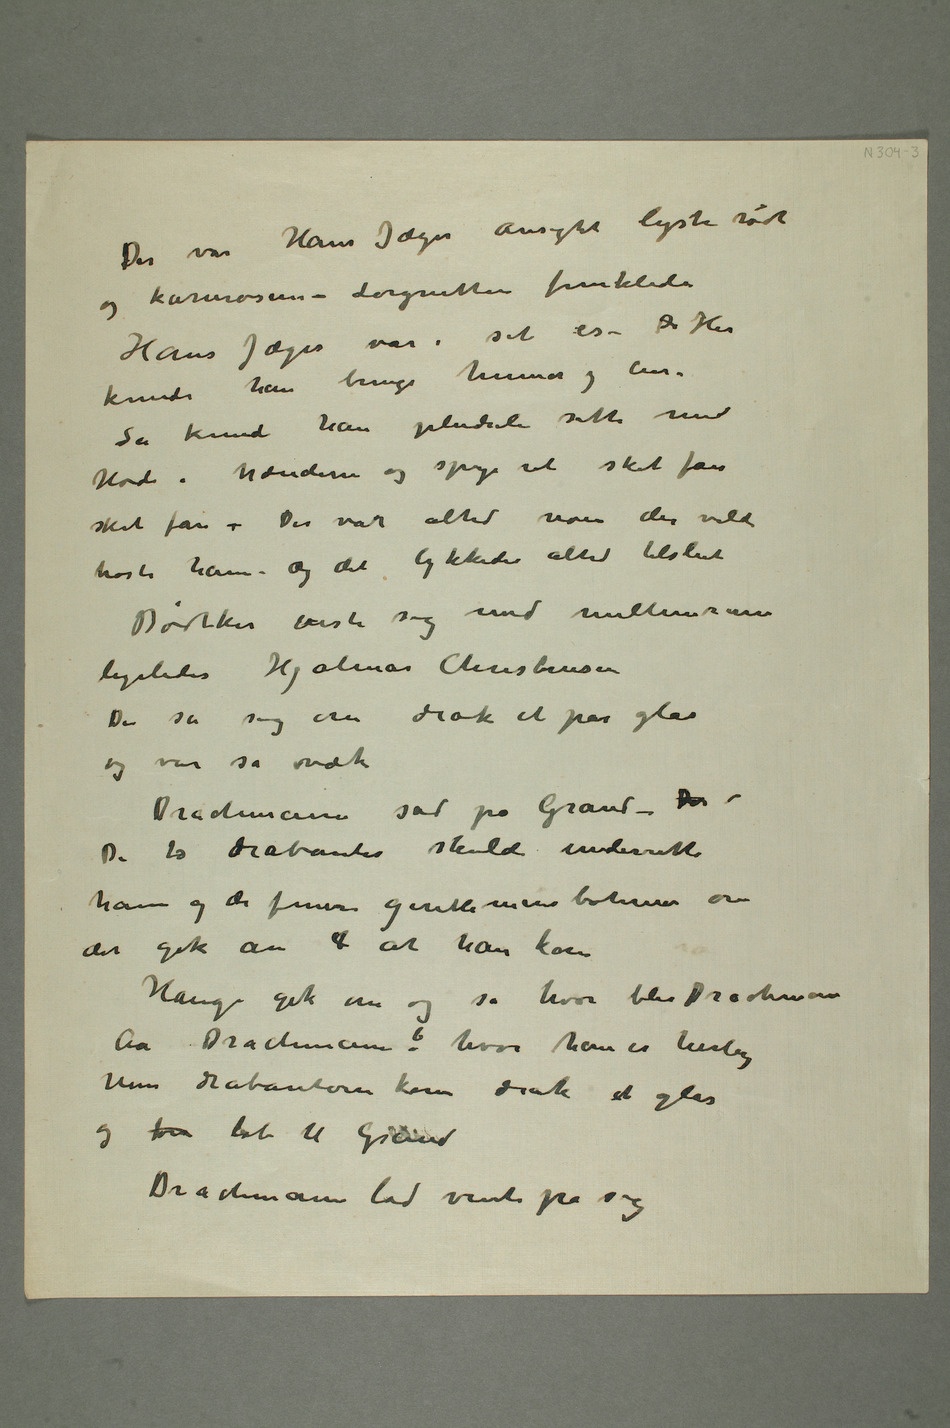
Hans Jæger ansigtet lyste rødt og
karmosin – Lorgnetten funklede
Hans Jæger var i sit
kunde han bringe humor og
han pludseli sitte med
Hode i hænderne og spye ut skit fan
skit fan – Der var altid noen der vilde
trøste ham – og det lykkedes altid tilslut
Bødtker viste sig med mellemrum
ligeledes Hjalmar Christensen
De så sig om drak et par glas
og var så væk
Drachmann sad på Grand – Der
De to drabanter skulde underrette
ham og de finner gentlemanbohemen om
det gik an at han kom
Aa Drachmann? hvor han er herlig
Men drabanterne kom drak et glas
Drachmann lod vente på sig